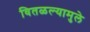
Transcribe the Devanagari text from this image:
वितळल्यामुले